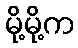
မို့မို့က